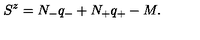
S ^ { z } = N _ { - } q _ { - } + N _ { + } q _ { + } - M .